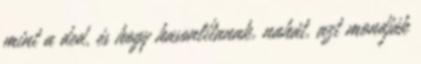
mint a ded, és hogy hasonlítanak, nahát, azt mondják